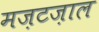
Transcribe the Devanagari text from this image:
मज़टज़ाल